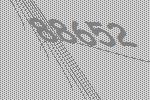
88652